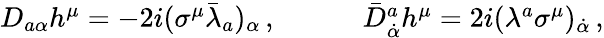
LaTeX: \begin{array}{cc}{{D_{a\alpha}h^{\mu}=-2i(\sigma^{\mu}\bar{\lambda}_{a})_{\alpha}\, ,~~~~}}&{{~~~~\bar{D}{}_{\dot{\alpha}}^{a}h^{\mu}=2i(\lambda^{a}\sigma^{\mu})_{\dot{\alpha}}\, ,}}\end{array}